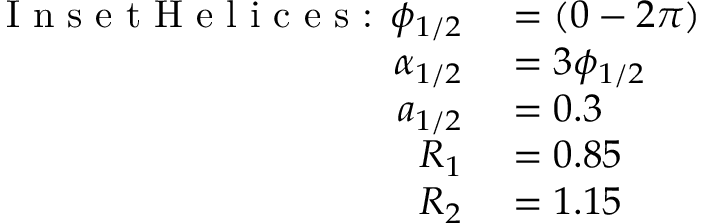
\begin{array} { r l } { \textrm { I n s e t H e l i c e s : } \phi _ { 1 / 2 } } & { { } = ( 0 - 2 \pi ) } \\ { \alpha _ { 1 / 2 } } & { { } = 3 \phi _ { 1 / 2 } } \\ { a _ { 1 / 2 } } & { { } = 0 . 3 } \\ { R _ { 1 } } & { { } = 0 . 8 5 } \\ { R _ { 2 } } & { { } = 1 . 1 5 } \end{array}